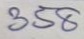
358